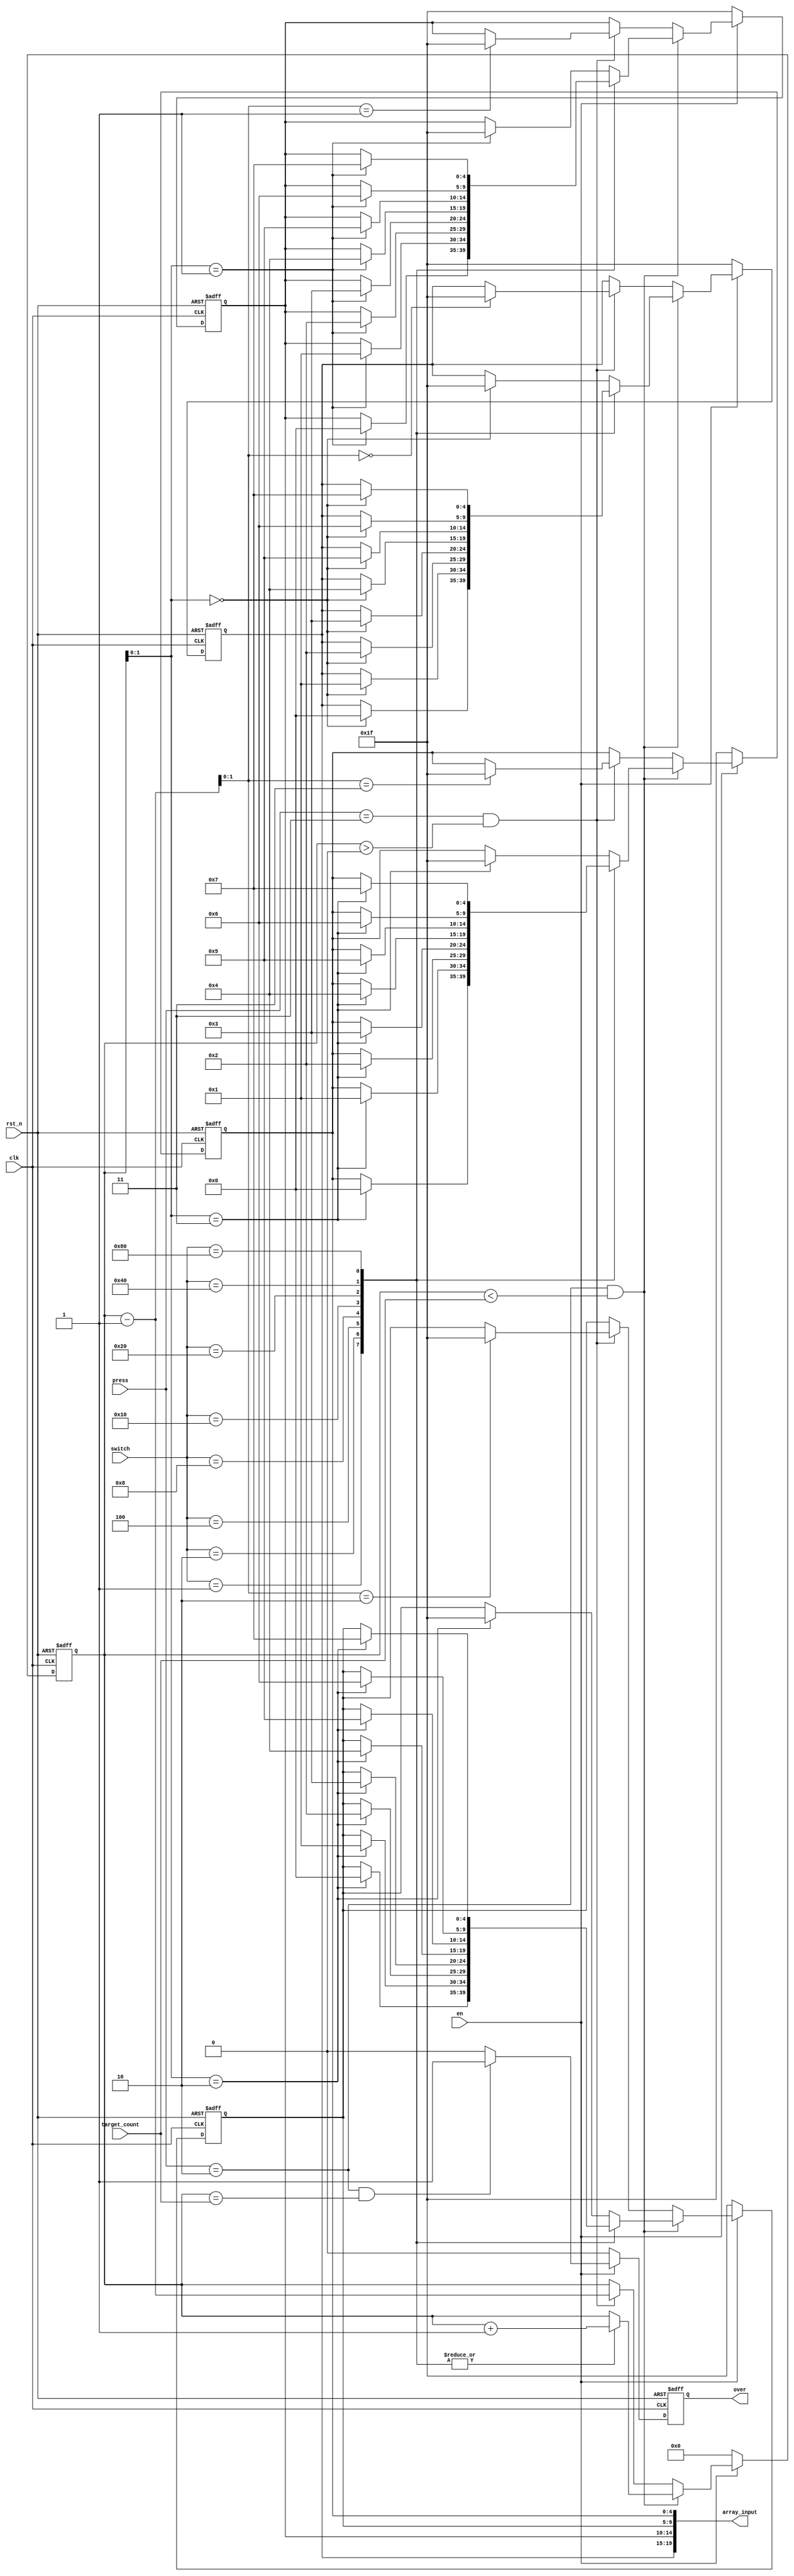
module input_array (input clk,
                    input rst_n,
                    input en,
                    input wire [7:0] switch,
                    input wire [2:0] press,
                    input wire [3:0] target_count,
                    output reg over,
                    output wire [19:0] array_input);
    
    parameter nxt  = 3'b000; // check the next item
    parameter rls  = 3'b001; // return the toppest initial state
    parameter con  = 3'b010; // confirm
    parameter del  = 3'b011; // return last state
    parameter ris  = 3'b100; // delete or check the last item
    parameter none = 3'b111; // do nothing, no button is pressed
    
    reg [3:0] cnt;
    reg [4:0] buffer_i [3:0];
    
    assign array_input = {buffer_i[0],buffer_i[1],buffer_i[2],buffer_i[3]};
    
    // output
    always @(posedge clk or negedge rst_n) begin
        if (!rst_n) begin
            over <= 0;
        end
        else begin
            if (!en) begin
                over <= 0;
            end
            else begin
                if (press == con && cnt == target_count) begin
                    over <= 1;
                end
                else begin
                    over <= 0;
                end
            end
        end
    end
    
    // input switch data when press the button
    
    always @(posedge clk or negedge rst_n) begin
        if (!rst_n) begin
            cnt         <= 0;
            buffer_i[0] <= 5'd31;
            buffer_i[1] <= 5'd31;
            buffer_i[2] <= 5'd31;
            buffer_i[3] <= 5'd31;
        end
        else begin
            if (!en) begin
                cnt         <= 0;
                buffer_i[0] <= 5'd31;
                buffer_i[1] <= 5'd31;
                buffer_i[2] <= 5'd31;
                buffer_i[3] <= 5'd31;
            end
            else begin
                if (press == con && cnt < target_count) begin
                    case (switch)
                        8'b0000_0001:
                        begin
                            cnt           <= cnt + 1;
                            buffer_i[cnt] <= 5'd0;
                        end
                        8'b0000_0010:
                        begin
                            cnt           <= cnt + 1;
                            buffer_i[cnt] <= 5'd1;
                        end
                        8'b0000_0100:
                        begin
                            cnt           <= cnt + 1;
                            buffer_i[cnt] <= 5'd2;
                        end
                        8'b0000_1000:
                        begin
                            cnt           <= cnt + 1;
                            buffer_i[cnt] <= 5'd3;
                        end
                        8'b0001_0000:
                        begin
                            cnt           <= cnt + 1;
                            buffer_i[cnt] <= 5'd4;
                        end
                        8'b0010_0000:
                        begin
                            cnt           <= cnt + 1;
                            buffer_i[cnt] <= 5'd5;
                        end
                        8'b0100_0000:
                        begin
                            cnt           <= cnt + 1;
                            buffer_i[cnt] <= 5'd6;
                        end
                        8'b1000_0000:
                        begin
                            cnt           <= cnt + 1;
                            buffer_i[cnt] <= 5'd7;
                        end
                        default: buffer_i[cnt] <= 5'd31;
                    endcase
                end
                else begin
                    if (press == del && cnt > 0) begin
                        buffer_i[cnt-1] <= 5'd31;
                        cnt             <= cnt - 1;
                    end
                    else begin
                        ;
                    end
                end
            end
        end
    end
    
endmodule // switch_input